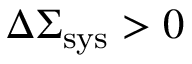
\Delta \Sigma _ { \mathrm { s y s } } > 0